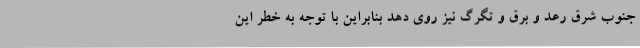
جنوب شرق رعد و برق و تگرگ نیز روی دهد بنابراین با توجه به خطر این